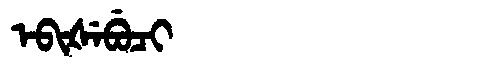
Manchu: ᡝᠪᡳᡧᡝᠪᡠᠴᡳ
Romanization: EBIŠEBUCI